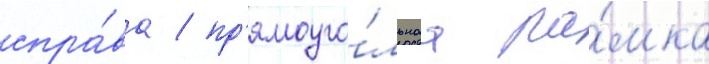
спра́ва / пр'ямоуго́льнаа ра́мка